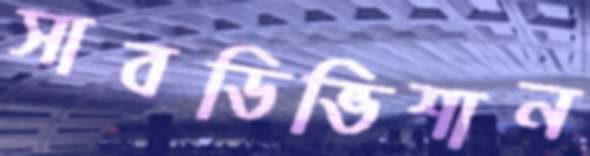
সাবডিভিশান